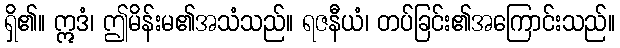
ရှိ၏။ ဣဒံ၊ ဤမိန်းမ၏အသံသည်။ ရဇနီယံ၊ တပ်ခြင်း၏အကြောင်းသည်။